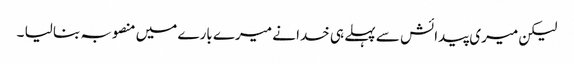
لیکن میری پیدائش سے پہلے ہی خدا نے میرے بارے میں منصوبہ بنا لیا ۔